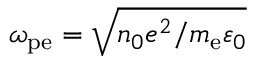
\omega _ { \mathrm { p e } } = \sqrt { n _ { 0 } e ^ { 2 } / m _ { \mathrm { e } } \varepsilon _ { 0 } }